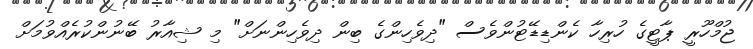
ޖުމްހޫރީ ޕާޓީގެ ހުރިހާ ކެންޑިޑޭޓުންވެސް "ދިވެހިންގެ ބިން ދިވެހިންނަށް" މި ޝިއާރު ބޭނުންކުރެއްވުމަށް